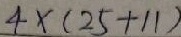
4 \times ( 2 5 + 1 1 )